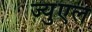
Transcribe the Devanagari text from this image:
ज्युएल